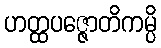
ဟတ္ထပဇ္ဇောတိကမ္ပိ